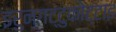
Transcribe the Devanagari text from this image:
इरुन्गट्टुकोट्टाइ